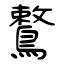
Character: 鷘